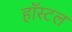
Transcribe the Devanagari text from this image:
हॉस्‍टल